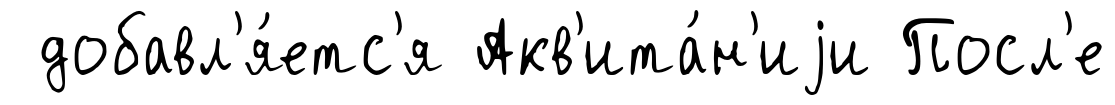
добавл'я́етс'я Акв'ита́н'иjи Посл'е